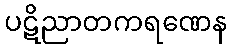
ပဋိညာတကရဏေန